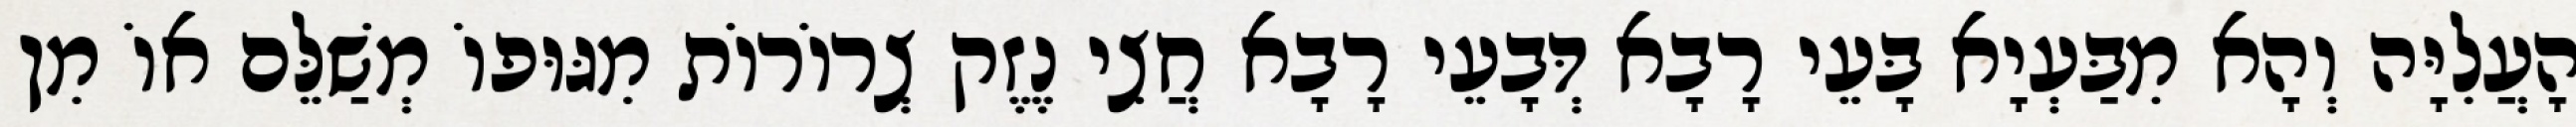
הָעֲלִיָּה וְהָא מִבַּעְיָא בָּעֵי רָבָא דְּבָעֵי רָבָא חֲצִי נֶזֶק צְרוֹרוֹת מִגּוּפוֹ מְשַׁלֵּם אוֹ מִן